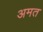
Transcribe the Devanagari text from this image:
अमत